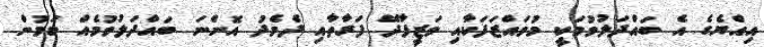
އިއްޔެގެ އެ ބައްދަލުވުމަކީ މުވައްޒަފަކާއި ވަޒީފާދޭ ފަރާތާއި ދެމެދު އޮންނަ ބައްދަލުވުމެއް ކަމުން